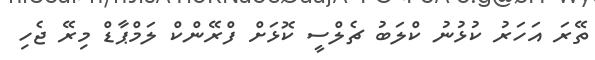
ތޭރަ އަހަރު ކުޅުނު ކްލަބު ޗެލްސީ ކޮޅަށް ފްރޭންކް ލަމްޕާޑް މިރޭ ޖެހި